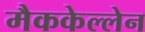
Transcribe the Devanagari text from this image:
मैककेल्लेन